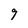
Character: 9